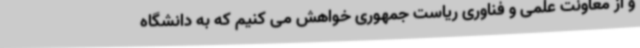
و از معاونت علمی و فناوری ریاست جمهوری خواهش می کنیم که به دانشگاه